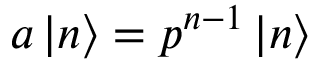
a \left| n \right\rangle = p ^ { n - 1 } \left| n \right\rangle